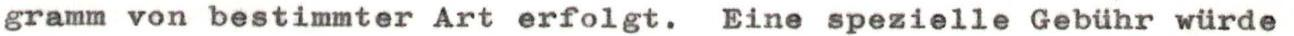
gramm von bestimmter Art erfolgt. Eine spezielle Gebühr würde